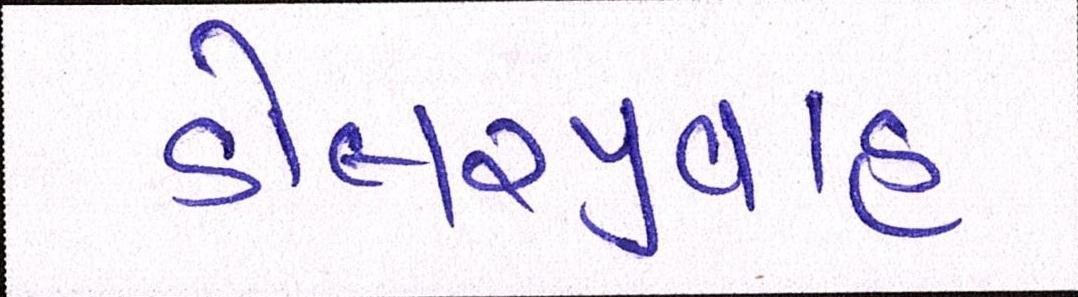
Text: ડોલરપ્રવાહ